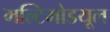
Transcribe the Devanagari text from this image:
मल्टिमोडयूल